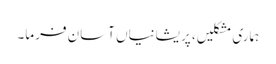
ہماری مشکلیں، پریشانیاں آسان فرما۔